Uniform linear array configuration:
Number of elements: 4
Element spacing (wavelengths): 1
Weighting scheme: blackman
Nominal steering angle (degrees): -60
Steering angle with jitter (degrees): -58.769
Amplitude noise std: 0.05
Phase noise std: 0.05

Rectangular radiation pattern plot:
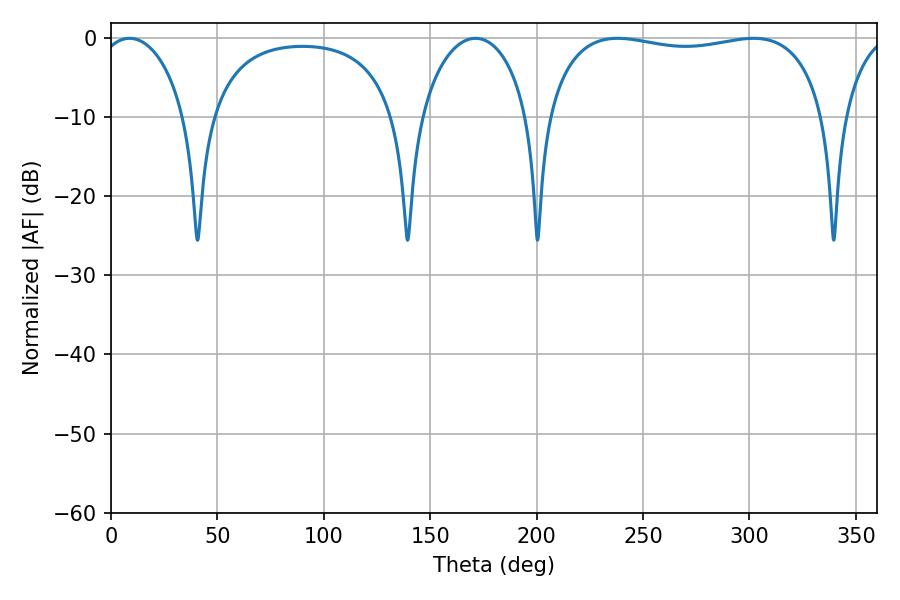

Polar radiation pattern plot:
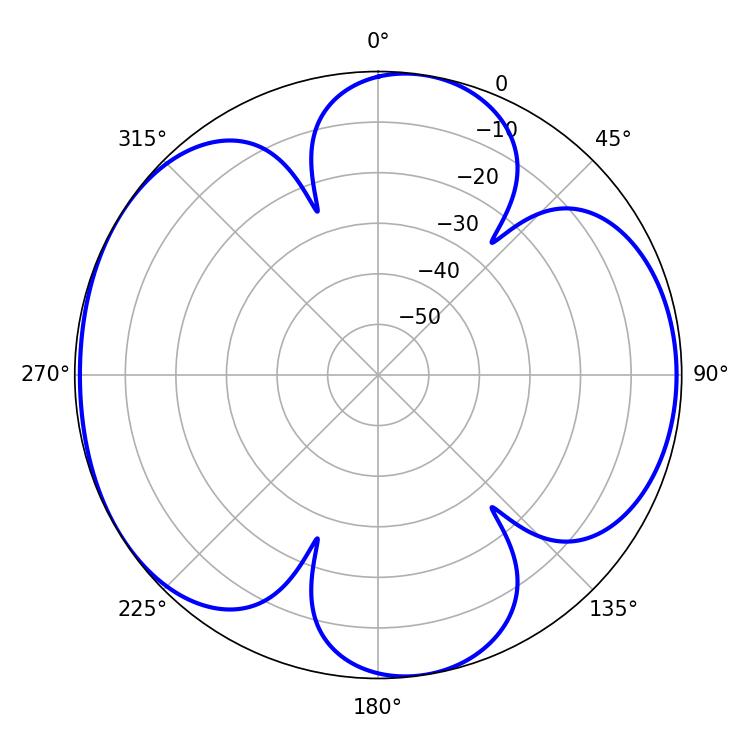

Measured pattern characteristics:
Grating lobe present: TRUE
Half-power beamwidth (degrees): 106.2
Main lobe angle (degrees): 238.14